Kambja_algkool, lk 54
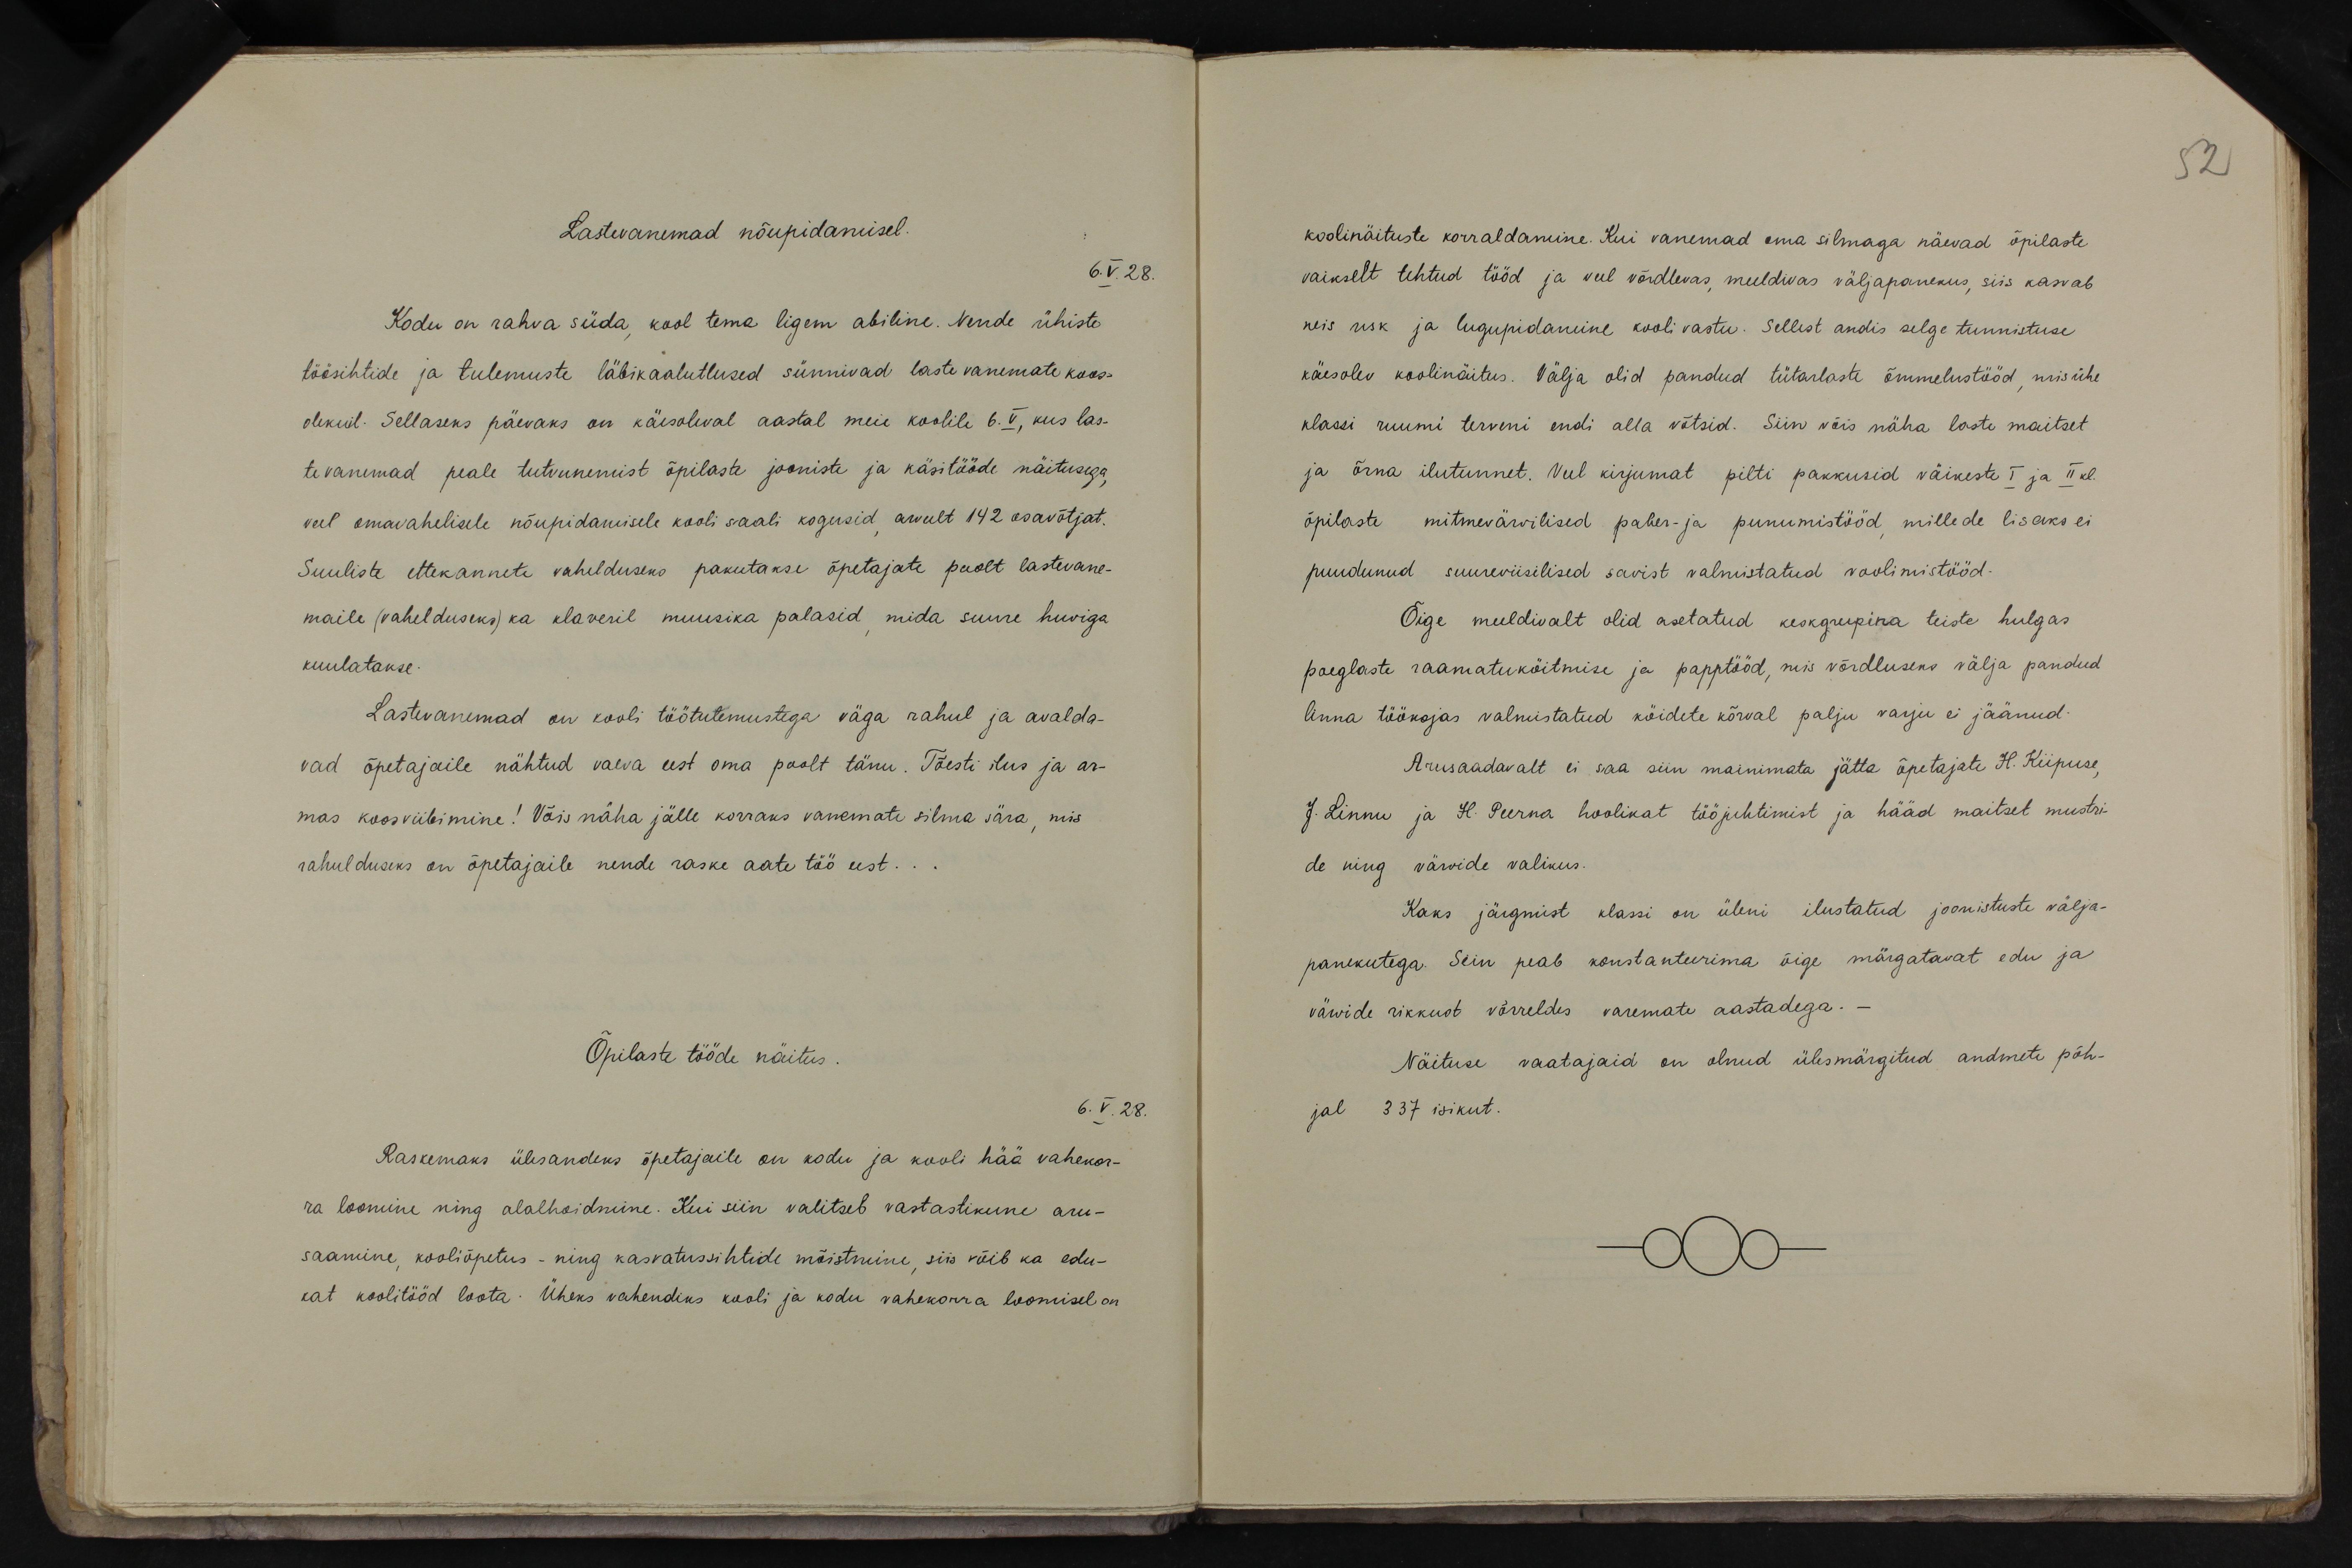
52

Lastevanemad nõupidamisel.
6.V.28.
Kodu on rahva süda, kool tema ligem abiline. Nende ühiste
töösihtide ja tulemuste läbikaalutlused sünnivad laste vanemate koos-
olekuil. Sellaseks päevaks on käesoleval aastal meie koolile 6. V., kus las-
te vanemad peale tutvunemist õpilaste jooniste ja käsitööde näitusega,
veel omavahelisele nõupidamisele kooli saali kogusid, arvult 142 osavõtjat.
Suuliste ettekannete vahelduseks pakutakse õpetajate poolt lastevane-
maile (vahelduseks) ka klaveril muusika palasid, mida suure huviga
kuulatakse.
Lastevanemad on kooli töötulemustega väga rahul ja avalda-
vad õpetajaile nähtud vaeva eest oma poolt tänu. Tõesti ilus ja ar-
mas koosviibimine! Võis näha jälle korraks vanemate silma sära, mis
rahulduseks on õpetajaile nende raske aate töö eest.
Õpilaste tööde näitus.
6.V.28.
Raskemaks ülesandeks õpetajaile on kodu ja kooli hää vahekor-
ra loomine ning alalhoidmine. Kui siin valitseb vastastikune aru-
saamine, kooliõpetus - ning kasvatussihtide mõistmine, siis võib ka edu-
kat koolitööd loota. Üheks vahendiks kooli ja kodu vahekorra loomisel on

koolinäituste korraldamine. Kui vanemad oma silmaga näevad õpilaste
vaikselt tehtud tööd ja veel võrdlevas meeldivas väljapanekus, siis kasvab
neis usk ja lugupidamine kooli vastu. Sellest andis selge tunnistuse
käesolev koolinäitus. Välja olid pandud tütarlaste õmmelustööd, mis ühe
klassi ruumi terveni endi alla võtsid. Siin võis näha laste maitset
ja õrna ilutunnet. Veel kirjumat pilti pakkusid väikeste I ja II kl.
õpilaste mitmerärvilised paber- ja punumistööd, millede lisaks ei
puudunud suureviisilised savist valmistatud voolimistööd-
Õige meeldivalt olid asetatud keskgrupina teiste hulgas
poeglaste raamatukõitmise ja papptööd, mis võrdluseks välja pandud
linna töökojas valmistatud köidete kõrval palju varju ei jäänud.
Arusaadavalt ei saa siin mainimata jätta õpetajate H. Kiipuse,
J. Linnu ja H. Peerna hoolikat tööjuhtimist ja hääd maitset mustri-
de ning värwide valikus.
Kaks järgmist klassi on ülemi ilustatud joonistuste välja-
panekutega. Siin peab konstanteerima õige märgatavat edu ja
värwide rikkust võrreldes varemate aastadega.
Näituse vaatajaid on olnud ülesmärgitud andmete põh-
jal 337 isikut.